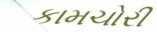
કામચોરી